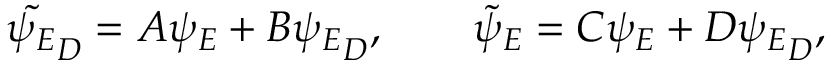
\tilde { \psi _ { E } } _ { D } = A \psi _ { E } + B { \psi _ { E } } _ { D } , \qquad { \tilde { \psi } } _ { E } = C \psi _ { E } + D { \psi _ { E } } _ { D } ,